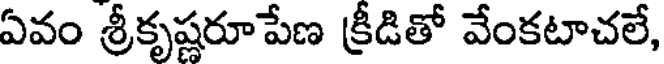
ఏవం శ్రీకృష్ణరూపేణ క్రీడితో వేంకటాచలే,